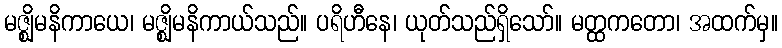
မဇ္ဈိမနိကာယေ၊ မဇ္ဈိမနိကာယ်သည်။ ပရိဟီနေ၊ ယုတ်သည်ရှိသော်။ မတ္ထကတော၊ အထက်မှ။